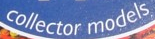
collector models